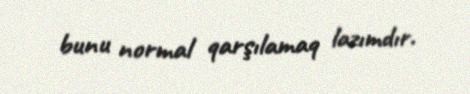
bunu normal qarşılamaq lazımdır.